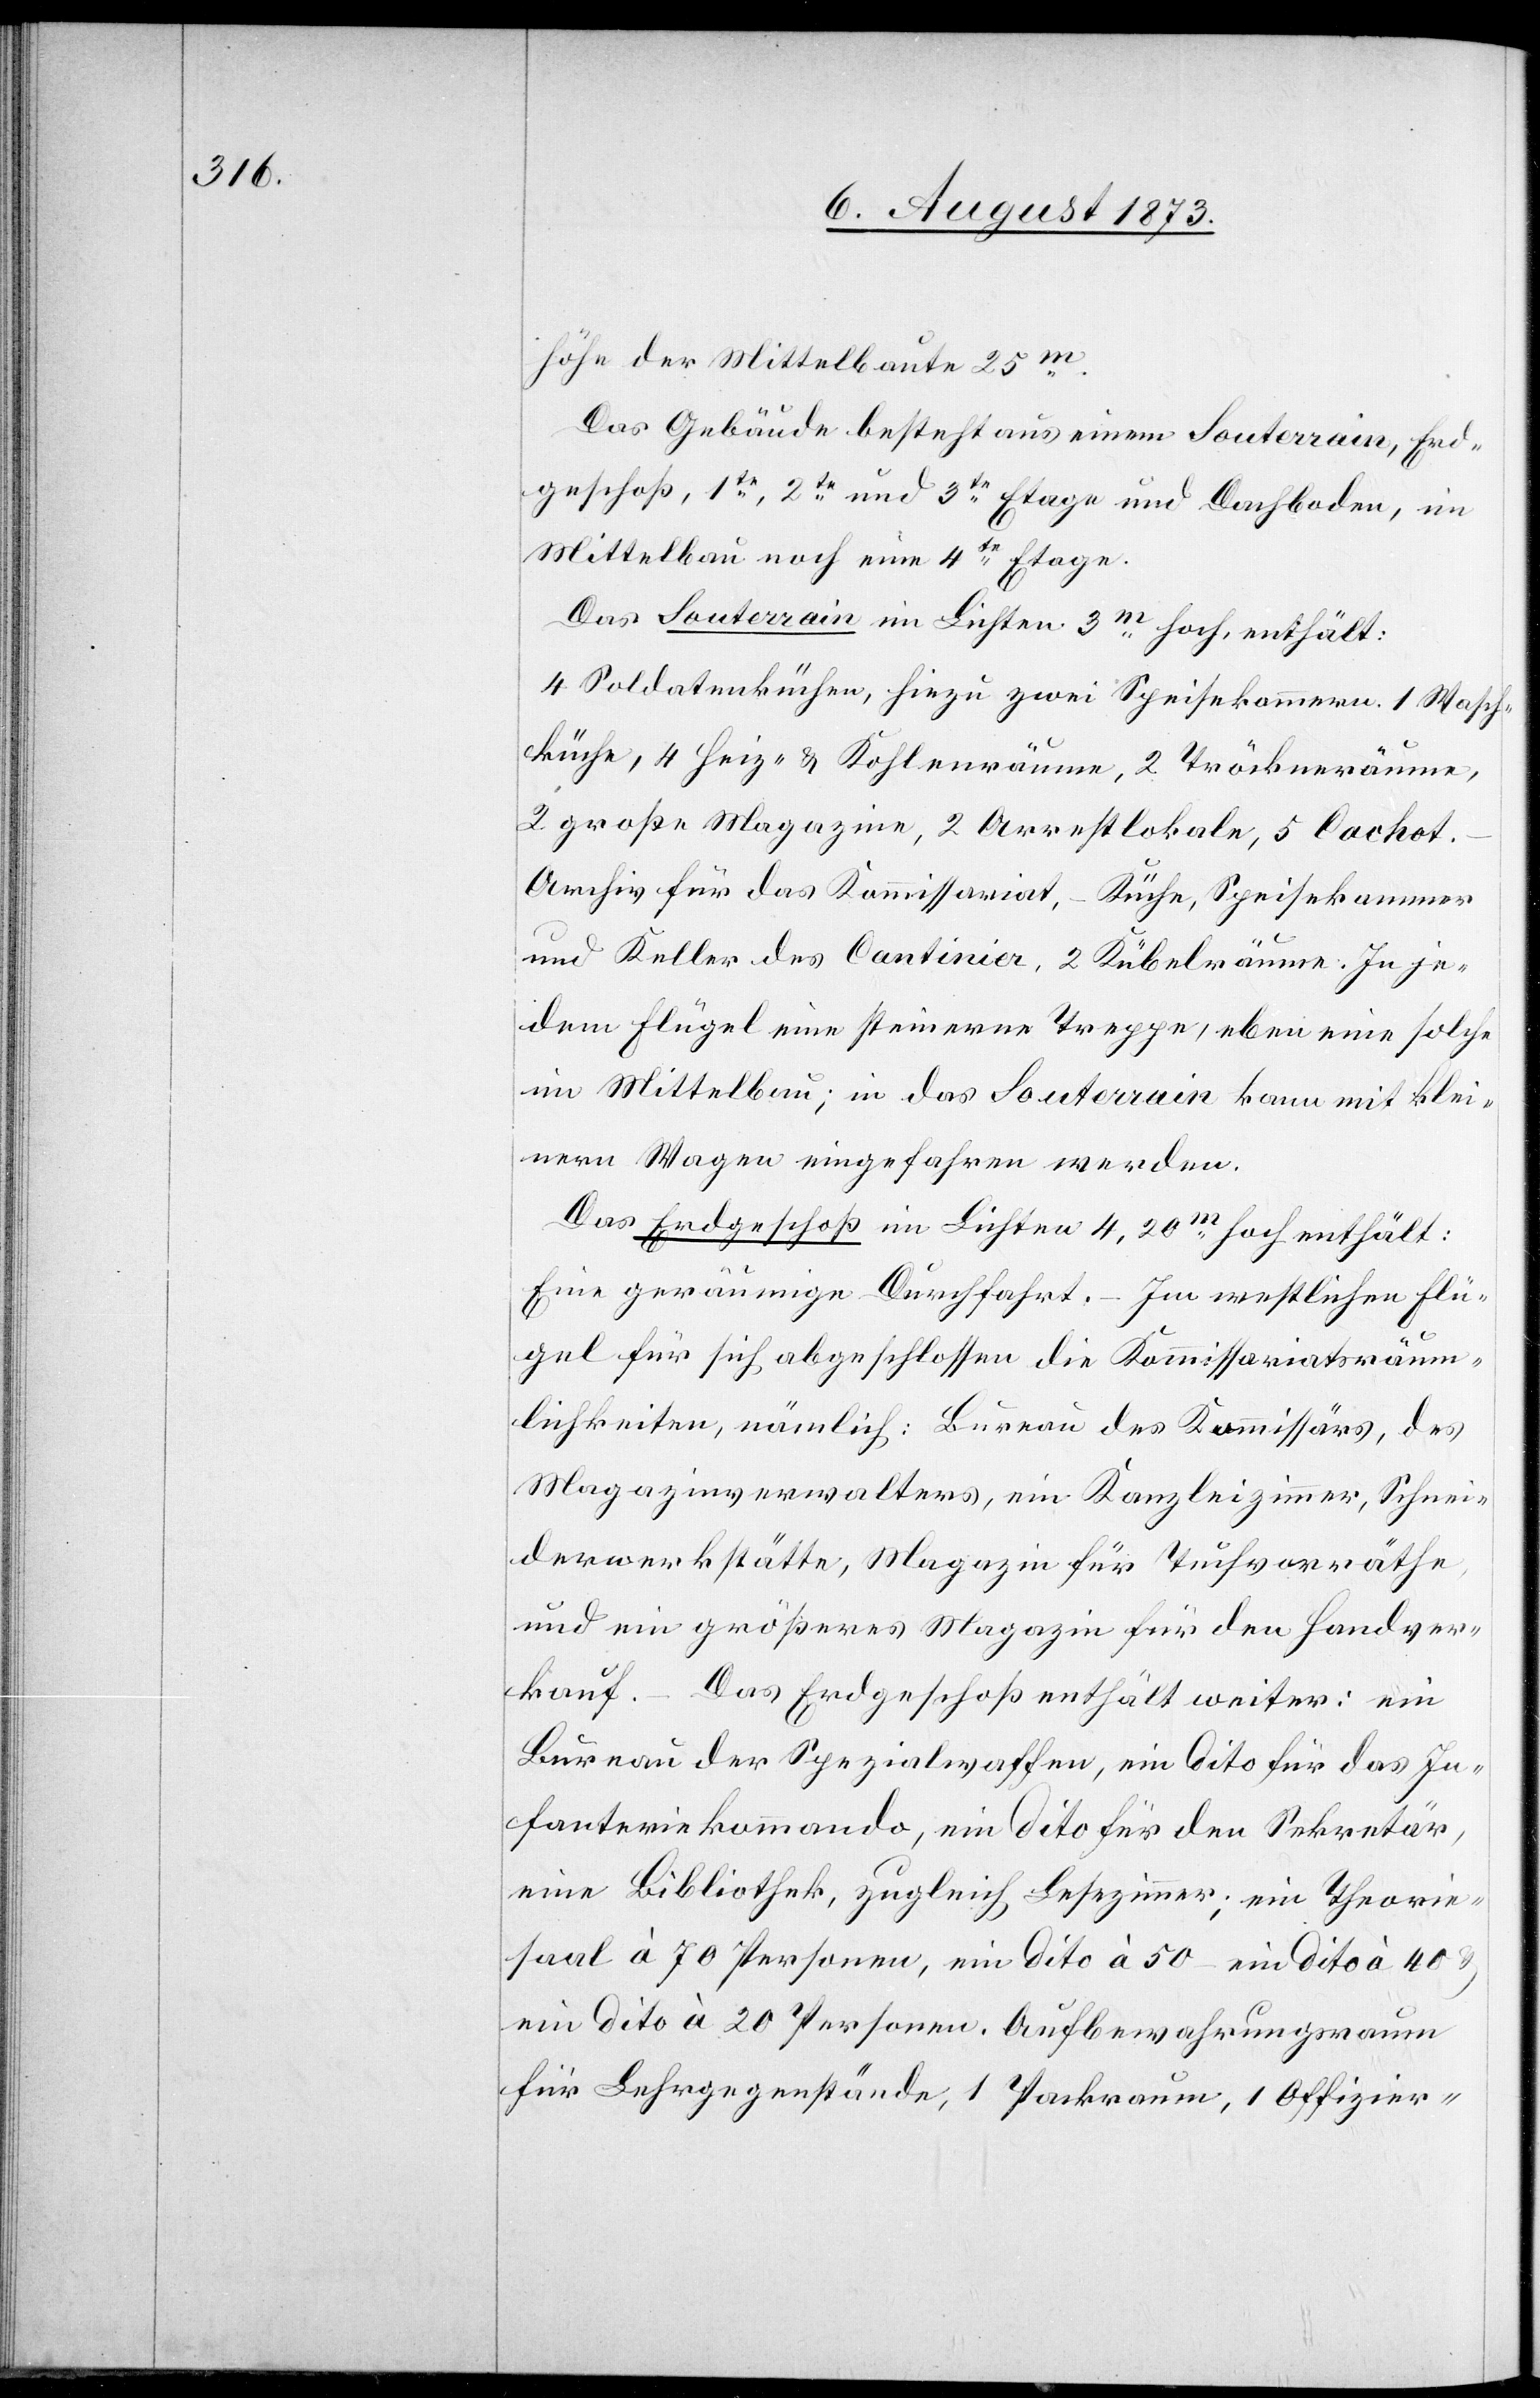
höhe der Mittelbaute 25m.
Das Gebäude besteht aus einem Souterrain, Erd¬
geschloß, 1te, 2te und 3te Etage und Dachboden, im
Mittelbau noch eine 4te Etage.
Das Souterrain im Lichten 3m hoch, enthält:
4 Soldatenküchen, hiezu zwei Speisekammern. 1 Wasch¬
küche, 4 Heiz- & Kohlenräume, 2 Tröckenräume,
2 große Magazine, 2 Arrestlokale, 5 Cachot.
Archiv für das Kommissariat, – Küche, Speisekammer
und Keller des Cantinier, 2 Kübelräume. In je¬
dem Flügel eine steinerne Treppe, eben eine solche
im Mittelbau; in das Souterrain kann mit klei¬
nern Wagen eingefahren werden.
Das Erdgeschoß im Lichten 4,20m hoch enthält:
Eine geräumige Durchfahrt. – Im westlichen Flü¬
gel für sich abgeschlossen die Kommissariatsräum¬
lichkeiten, nämlich: Bureau des Kommissärs, des
Magazinverwalters, ein Kanzleizimmer, Schnei¬
derwerkstätte, Magazin für Tuchvorräthe,
und ein größeres Magazin für den Handver¬
kauf. – Das Erdgeschoß enthält weiter: ein
Bureau der Spezialwaffen, ein dito für das In¬
fanteriekommando, ein dito für den Sekretär,
eine Bibliothek, zugleich Lesezimmer; ein Theorie¬
saal à 70 Personen, ein dito à 50 – ein dito à 40
ein dito à 20 Personen. Aufbewahrungsraum
für Lehrgegenstände, 1 Packraum, 1 Offizier-